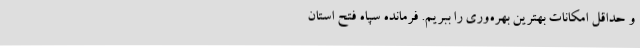
و حداقل امکانات بهترین بهره‌وری را ببریم. فرمانده سپاه فتح استان